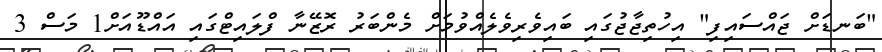
"ބަނޑަށް ޖައްސައިފި" އިހުތިޖާޖުގައި ބައިވެރިވެލެއްވުމަށް މެންބަރު ރޮޒޭނާ ފްލައިޓްގައި އައްޑޫއަށް1 މަސް 3